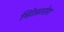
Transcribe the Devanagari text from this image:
मिटेलउरोपा